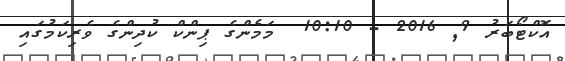
އޮކްޓޯބަރު 9